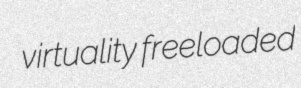
virtuality freeloaded